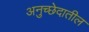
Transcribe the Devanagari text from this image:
अनुच्छेदातील